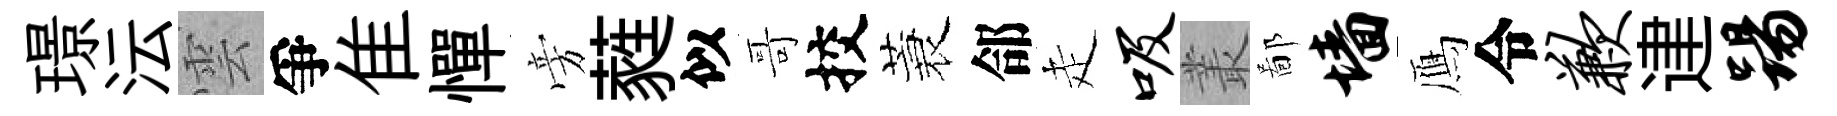
璟沄雲爭隹憚旁蕤似哥挍蓑郃走吸叢鄙墙鴈令歉䢖踢